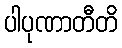
ပါပုဏာတီတိ